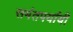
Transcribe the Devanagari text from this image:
समंतपर्यायी